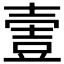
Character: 𡔹